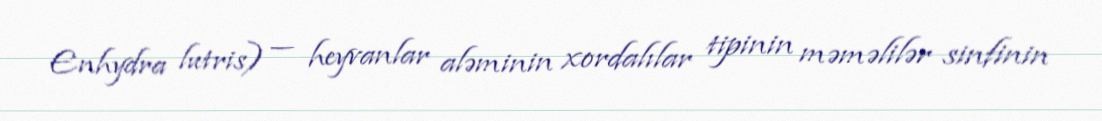
Enhydra lutris) — heyvanlar aləminin xordalılar tipinin məməlilər sinfinin